Annual administration report of the Bombay Presidency - 1887-1892
Year: 1887
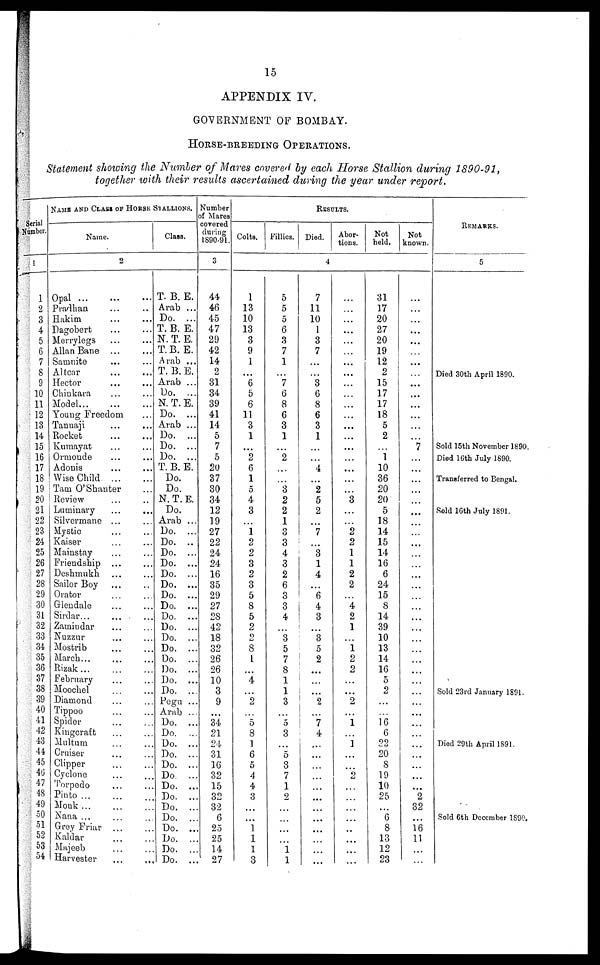
15
APPENDIX IV.
GOVERNMENT OF BOMBAY.
HORSE-BREEDING OPERATIONS.
Statement showing the Number of Mares covered by each Horse Stallion during 1890-91,
together with their results ascertained during the year under report.
Serial
Number.
1
1
2
3
4
5
6
7
8
9
10
11
12
13
14
15
16
17
18
19
20
21
22
23
24
25
26
27
28
29
30
31
32
33
34
35
36
37
38
39
40
41
42
43
44
45
46
47
48
49
50
51
52
53
54
NAME AND CLASS OF HORSE
Name.
2
Opal ... ... ...
Pradhan ... ...
Hakim ... ...
Dagobert ... ...
Merrylegs
...
...
Allan Bane ...
Samnite ... ...
Altcar ... ...
Hector ... ...
Chinkara ... ...
Model ... ... ...
Young Freedom ..
Tanuaji ... ...
Rocket ... ...
Kumayat ... ...
Ormonde ... ...
Adonis ... ...
Wise Child ... ...
Tam O'Shanter ...
Review ... ...
Luminary ... ...
Silvermane ... ...
Mystic ... ...
Kaiser ... ...
Mainstay ... ...
Friendship ... ...
Deshmukh ... ...
Sailor Boy ... ...
Orator ... ...
Glendale ... ...
Sirdar... ...
Zamindar ... ...
Nuzzur ... ...
Mostrib ... ...
March...
Rizak
...
...
...
February ... ...
Moochel ... ...
Diamond ... ...
Tippoo ... ...
Spider ... ...
Kingeraft
...
...
Multum
...
...
Cruiser ... ...
Clipper ... ...
Cyclone ... ...
Torpedo
...
...
Piuto ... ... ...
Monk ... ... ...
Nana ... ... ...
Grey Friar ... ...
Kaldar ... ...
Majeeb ... ...
Harvester ... ...
STALLION
Class.
T. B. E.
Arab ...
Do. ...
T. B. E.
N. T. E.
T. B. E.
Arab ...
T. B. E.
Arab ...
Do. ...
N. T. E.
Do. ...
Arab ...
Do. ...
Do. ...
Do. ...
T. B. E.
Do.
Do.
N. T. E.
Do.
Arab ...
Do. ...
Do. ..
Do. ...
Do. ...
Do. ...
Do. ...
Do. ...
Do. ...
Do. ...
Do. ...
Do. ...
Do. ...
Do. ...
Do. ...
Do. ...
Do. ...
Pegu ...
Arab ...
Do. ...
Do. ...
Do. ...
Do. ...
Do. ...
Do. ...
Do. ...
Do. ...
Do. ...
Do. ...
Do. ...
Do. ...
Do. ...
Do. ...
Number
of Mares
covered
during
1890-91.
3
44
46
45
47
29
42
14
2
31
34
39
41
14
5
7
5
20
37
30
34
12
19
27
22
24
24
16
35
29
27
28
42
18
32
26
26
10
3
9
...
34
21
24
31
16
32
15
32
32
6
25
25
14
27
RESULTS.
Colts.
1
13
10
13
3
9
1
...
6
5
6
11
3
1
...
2
6
1
5
4
3
...
1
2
2
3
2
3
5
8
5
2
2
8
1
...
4
...
2
...
5
8
1
6
5
4
4
3
...
...
1
1
1
3
Fillies.
5
5
5
6
3
7
1
...
7
6
8
6
3
1
...
2
...
...
3
2
2
1
3
3
4
3
2
6
3
3
4
...
3
5
7
8
1
1
3
...
5
3
...
5
3
7
1
2
...
...
...
...
1 1
Died.
4
7
11
10
1
3
7
...
...
3
6
8
6
3
1
...
...
4
...
2
5
2
...
7
...
3
1
4
...
6
4
3
...
3
5
2
...
...
...
2
...
7
4
...
...
...
...
...
...
...
...
...
...
...
...
Abor-
tions.
...
...
...
...
...
...
...
...
...
...
...
...
...
...
...
...
...
...
...
3
...
...
2
2
1
1
2
2
...
4
2
1
...
1
2
2
...
...
2
...
1
...
1
...
...
2
...
...
...
...
...
...
...
...
Not
held.
31
17
20
27
20
19
12
2
15
17
17
18
5
2
...
1
10
36
20
20
5
18
14
15
14
16
6
24
15
8
14
39
10
13
14
16
5
2
...
...
16 6
22
20
8
19
10
25
...
6
8
13
12
23
Not
known.
...
...
...
...
...
...
...
...
...
...
...
...
...
...
7
...
...
...
...
...
...
...
...
...
...
...
...
...
...
...
...
...
...
...
...
...
...
...
...
...
...
...
...
...
...
...
2
32
...
16
11
...
...
REMARKS.
5
Died 30th April 1890.
Sold 15th November 1890.
Died 16th July 1890.
Transferred to Bengal.
Sold 16th July 1891.
Sold 23rd January 1891.
Died 29th April 1891.
Sold 6th December 1890.